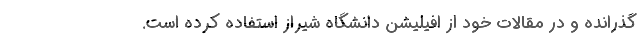
گذرانده و در مقالات خود از افیلیشن دانشگاه شیراز استفاده کرده است.